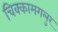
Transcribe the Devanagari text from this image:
चिक्कामगलुर